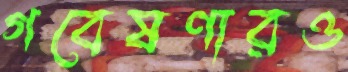
গবেষণারও